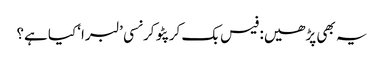
یہ بھی پڑھیں: فیس بک کرپٹو کرنسی ’لبرا‘ کیا ہے؟